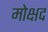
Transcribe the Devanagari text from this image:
मोक्षद